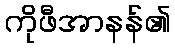
ကိုဖီအာနန်၏